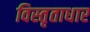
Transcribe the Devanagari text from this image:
विस्तृताधार